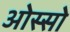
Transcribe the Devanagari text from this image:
ओस्सो